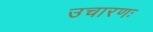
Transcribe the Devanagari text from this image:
उचारणः